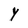
Character: Y